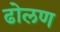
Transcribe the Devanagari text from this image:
ढोलण